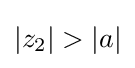
\left|z_{2}\right|>\left|a\right|